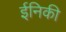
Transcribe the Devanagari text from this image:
ईनिकी